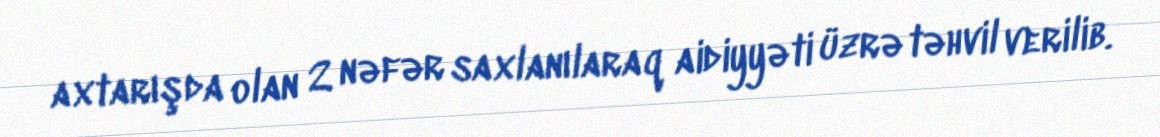
axtarışda olan 2 nəfər saxlanılaraq aidiyyəti üzrə təhvil verilib.